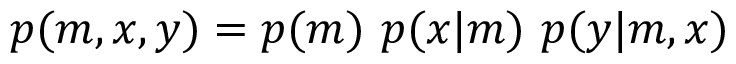
p ( m , x , y ) = p ( m ) ~ p ( x | m ) ~ p ( y | m , x )